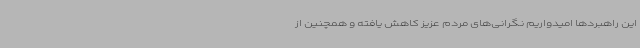
این راهبردها امیدواریم نگرانی‌های مردم عزیز کاهش یافته و همچنین از